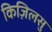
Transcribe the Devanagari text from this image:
किज़िलसु